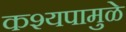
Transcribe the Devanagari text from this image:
कश्यपामुळे